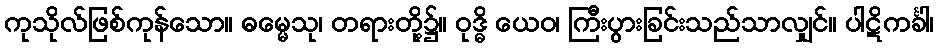
ကုသိုလ်ဖြစ်ကုန်သော။ ဓမ္မေသု၊ တရားတို့၌။ ဝုဒ္ဓိ ယေဝ၊ ကြီးပွားခြင်းသည်သာလျှင်။ ပါဋိကင်္ခါ၊